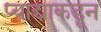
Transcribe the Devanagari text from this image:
प्याद्याकडून